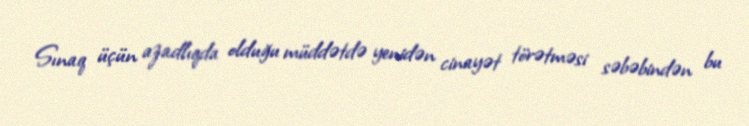
Sınaq üçün azadlıqda olduğu müddətdə yenidən cinayət törətməsi səbəbindən bu